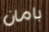
بامان